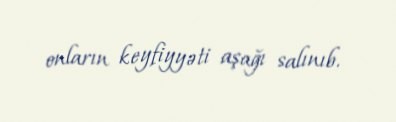
onların keyfiyyəti aşağı salınıb.